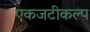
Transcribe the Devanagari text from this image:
एकजटीकल्प